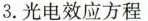
3.光电效应方程